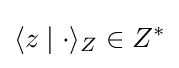
\langle z\mid \cdot \rangle _{Z}\in Z^{*}